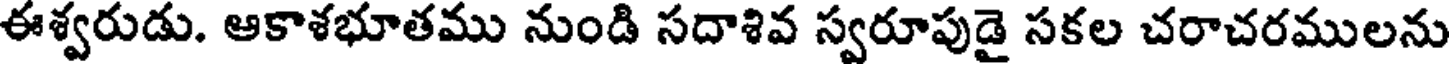
ఈశ్వరుడు. ఆకాశభూతము నుండి సదాశివ స్వరూపుడై సకల చరాచరములను